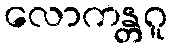
လောကန္တဂူ